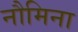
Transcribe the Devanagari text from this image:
नौमिना